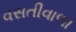
વસતીવાળા